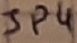
Text: JP4